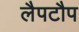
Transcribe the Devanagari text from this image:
लैपटौप